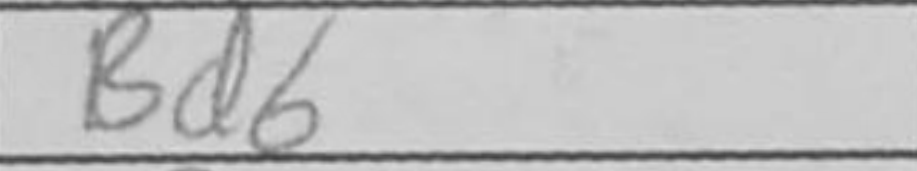
Transcription: Bd6